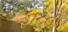
ફાટતો